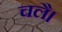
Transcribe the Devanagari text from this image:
चलै।